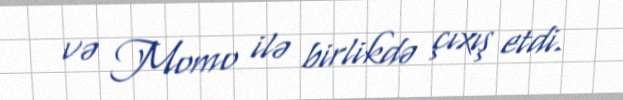
və Momo ilə birlikdə çıxış etdi.